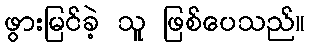
ဖွားမြင်ခဲ့ သူ ဖြစ်ပေသည်။